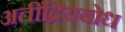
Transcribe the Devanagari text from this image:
अतींद्रियबोध